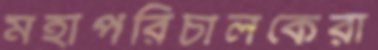
মহাপরিচালকেরা